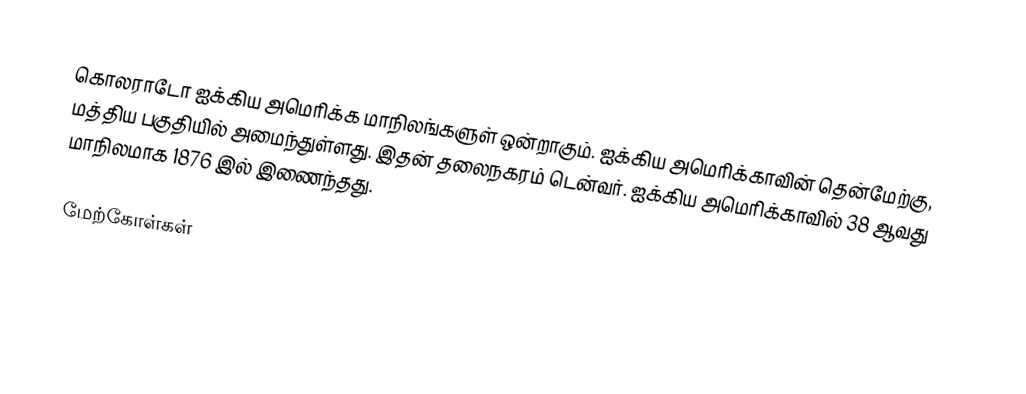
கொலராடோ ஐக்கிய அமெரிக்க மாநிலங்களுள் ஒன்றாகும். ஐக்கிய அமெரிக்காவின் தென்மேற்கு, மத்திய பகுதியில் அமைந்துள்ளது. இதன் தலைநகரம் டென்வர். ஐக்கிய அமெரிக்காவில் 38 ஆவது மாநிலமாக 1876 இல் இணைந்தது.

மேற்கோள்கள்